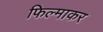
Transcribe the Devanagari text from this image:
फिल्माकर